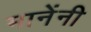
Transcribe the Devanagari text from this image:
मानेंनी